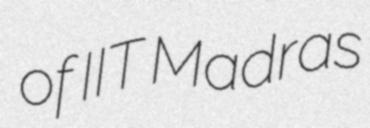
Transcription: of IIT Madras